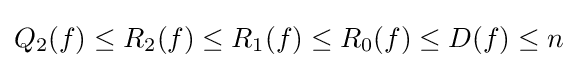
Q_{2}(f)\leq R_{2}(f)\leq R_{1}(f)\leq R_{0}(f)\leq D(f)\leq n